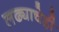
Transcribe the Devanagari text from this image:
लढ्याचेही